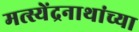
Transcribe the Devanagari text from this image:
मत्स्येंद्रनाथांच्या